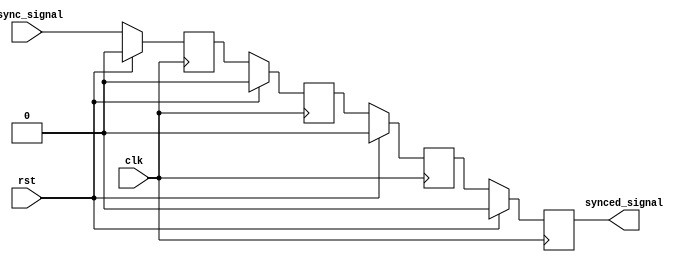
module cascade_synchronizer (
    input wire clk,
    input wire rst,
    input wire async_signal,
    output wire synced_signal
);

reg [3:0] ff1, ff2, ff3, ff4;

// Timing control block
always @(posedge clk) begin
    if (rst) begin
        ff1 <= 4'b0;
        ff2 <= 4'b0;
        ff3 <= 4'b0;
        ff4 <= 4'b0;
    end else begin
        ff1 <= async_signal;
        ff2 <= ff1;
        ff3 <= ff2;
        ff4 <= ff3;
    end
end

assign synced_signal = ff4;

endmodule